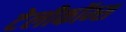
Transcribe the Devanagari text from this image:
टेलीकॉम्स